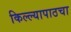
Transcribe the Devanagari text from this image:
किल्ल्यापाठचा